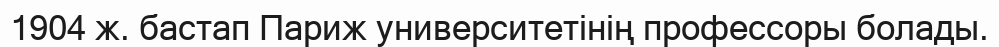
1904 ж. бастап Париж университетiнiң профессоры болады.